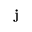
\mathbf { j }